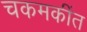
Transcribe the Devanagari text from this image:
चकमकींत